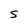
Character: S